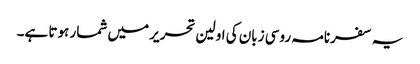
یہ سفرنامہ روسی زبان کی اولین تحریر میں شمار ہوتا ہے۔